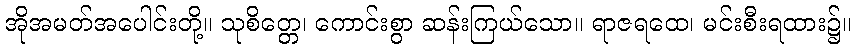
အိုအမတ်အပေါင်းတို့။ သုစိတ္တေ၊ ကောင်းစွာ ဆန်းကြယ်သော။ ရာဇရထေ၊ မင်းစီးရထား၌။